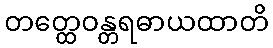
တတ္ထေဝန္တရဓာယထာတိ